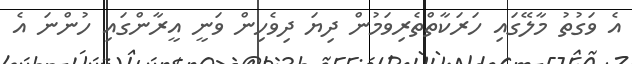
އެ ވަގުތު މާލޭގައި ހަރަކާތްތެރިވަމުން ދިޔަ ދިވެހިން ވަނީ އީރާންގައި ހުންނަ އެ